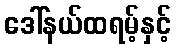
ဒေါ်နယ်ထရမ့်နှင့်